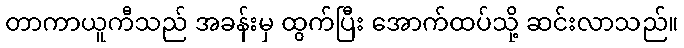
တာကာယူကီသည် အခန်းမှ ထွက်ပြီး အောက်ထပ်သို့ ဆင်းလာသည်။